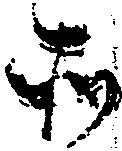
所